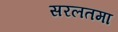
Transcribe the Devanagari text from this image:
सरलतमा